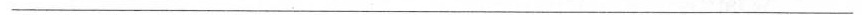
___